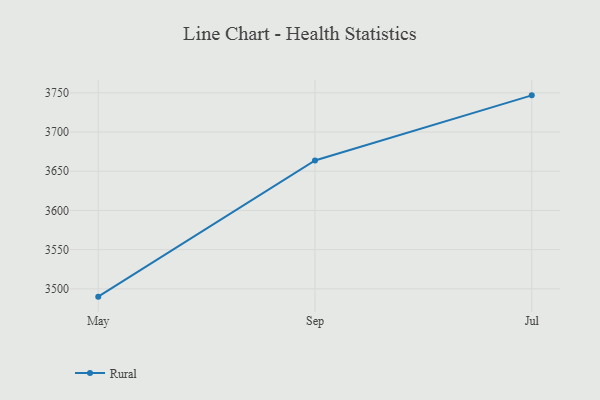
{"axis": {"x": "Month", "y": "Budget (USD K)"}, "legend": ["Rural"], "data": [{"x": "May", "y": 3490.1, "type": "Rural"}, {"x": "Sep", "y": 3663.7, "type": "Rural"}, {"x": "Jul", "y": 3746.8, "type": "Rural"}]}